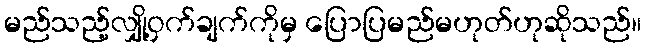
မည်သည့်လျှို့ဝှက်ချက်ကိုမှ ပြောပြမည်မဟုတ်ဟုဆိုသည်။